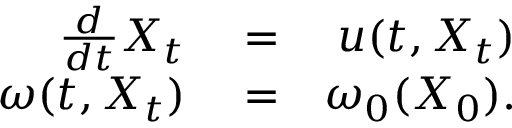
\begin{array} { r l r } { \frac { d } { d t } X _ { t } } & { { } = } & { u ( t , X _ { t } ) } \\ { \omega ( t , X _ { t } ) } & { { } = } & { \omega _ { 0 } ( X _ { 0 } ) . } \end{array}